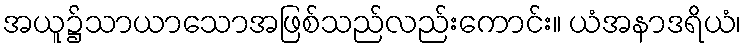
အယူ၌သာယာသောအဖြစ်သည်လည်းကောင်း။ ယံအနာဒရိယံ၊